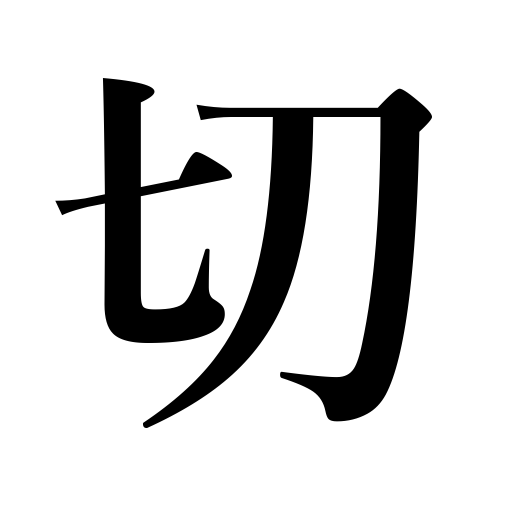
Meanings: chop,slice,hash,be sharp,sever connections with,clip,wear out,cut well,cut,shear,sell below cost,collapse,cross a street,expire,snap,sharp,fell,saw,break off,shrewd,pause,disconnect,strip,less than,turn off,burst,discount,punch,be disconnected,cut down,carve,hang up,break,be out of,sever connections,shake water off,be injured